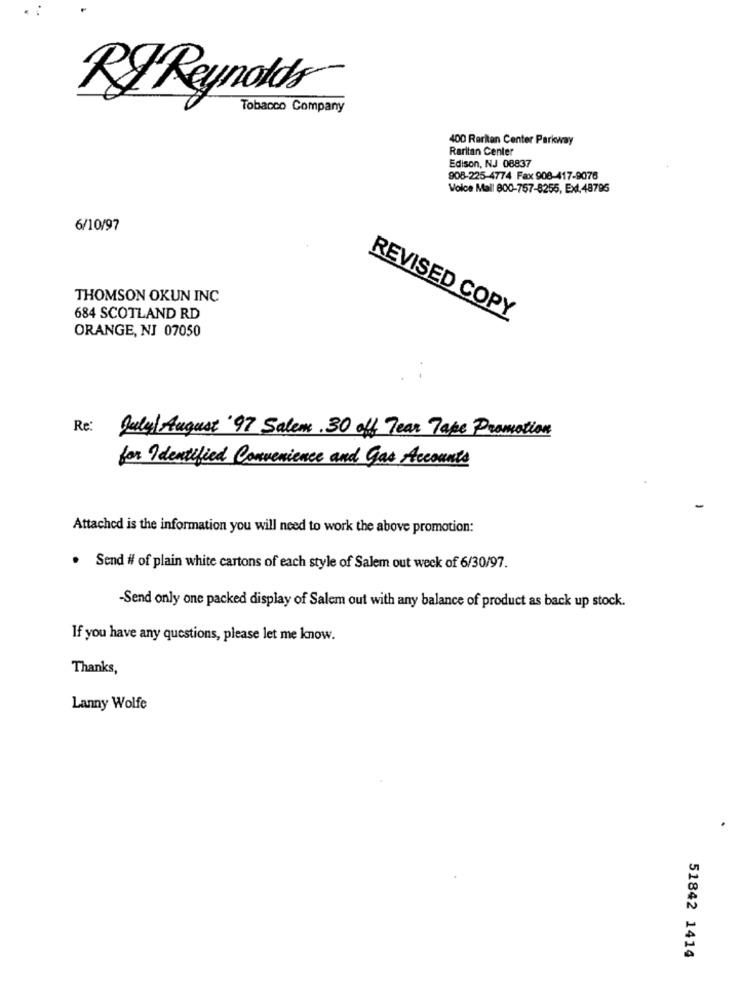
RJ Reynolds
Tobacco Company
400 Raritan Center Parkway
Raritan Center
Edison, NJ 08837
908-225-4774 Fax 908-417-9076
Voice Mall 800-757-8255, Ext.48795
6/10/97
THOMSON OKUN INC
684 SCOTLAND RD
REVISED COPY
ORANGE, NJ 07050
Re: July/ August '97 Salem. 30 off Tear Take Promotion
for Identified Convenience and Gas Accounts
Attached is the information you will need to work the above promotion:
.
Send # of plain white cartons of each style of Salem out week of 6/30/97.
-Send only one packed display of Salem out with any balance of product as back up stock.
If you have any questions, please let me know.
Thanks,
Lanny Wolfe
51842 1414